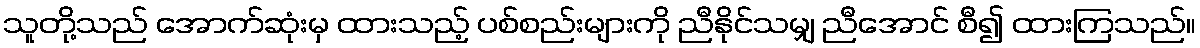
သူတို့သည် အောက်ဆုံးမှ ထားသည့် ပစ်စည်းများကို ညီနိုင်သမျှ ညီအောင် စီ၍ ထားကြသည်။